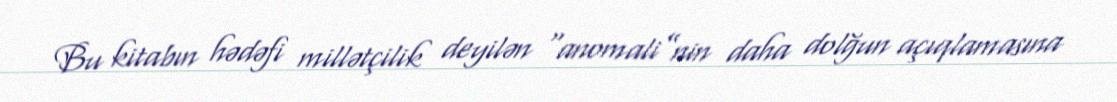
Bu kitabın hədəfi millətçilik deyilən “anomali”nin daha dolğun açıqlamasına